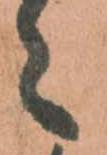
之